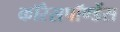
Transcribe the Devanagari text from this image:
कॉरेसपॉण्डेंस